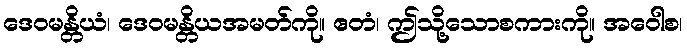
ဒေဝမန္တိယံ၊ ဒေဝမန္တိယအမတ်ကို။ ဧတံ၊ ဤသို့သောစကားကို။ အဝေါစ၊